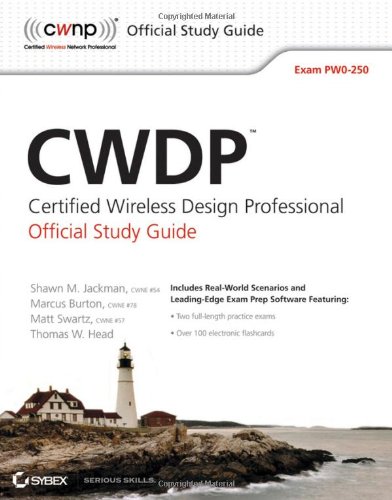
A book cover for CWDP Certified Wireless Design Professional Official Study Guide: Exam PW0-250; Shawn M. Jackman; Crafts, Hobbies & Home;